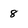
Character: 8